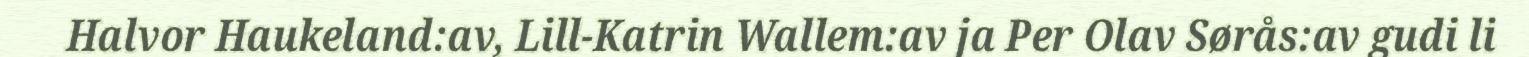
Halvor Haukeland:av, Lill-Katrin Wallem:av ja Per Olav Sørås:av gudi li